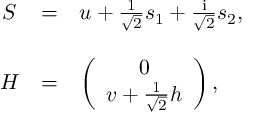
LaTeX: \begin{array} { c c l } { { S } } & { { = } } & { { u + \frac { 1 } { \sqrt { 2 } } s _ { 1 } + \frac { \mathrm { i } } { \sqrt { 2 } } s _ { 2 } , } } \\ { { } } & { { } } & { { } } \\ { { H } } & { { = } } & { { \left( \begin{array} { c } { { 0 } } \\ { { v + \frac { 1 } { \sqrt { 2 } } h } } \end{array} \right) , } } \end{array}